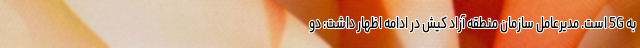
به 5G است. مدیرعامل سازمان منطقه آزاد کیش در ادامه اظهار داشت: دو